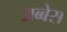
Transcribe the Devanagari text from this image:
अब्बेस